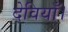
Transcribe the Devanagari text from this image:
देवियाँ।